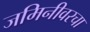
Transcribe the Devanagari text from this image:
जमिनीवरचा